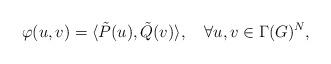
LaTeX: \begin{align*}\varphi(u,v)=\langle\tilde{P}(u),\tilde{Q}(v)\rangle,\quad\forall u,v\in \Gamma(G)^N,\end{align*}